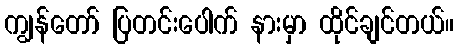
ကျွန်တော် ပြတင်းပေါက် နားမှာ ထိုင်ချင်တယ်။